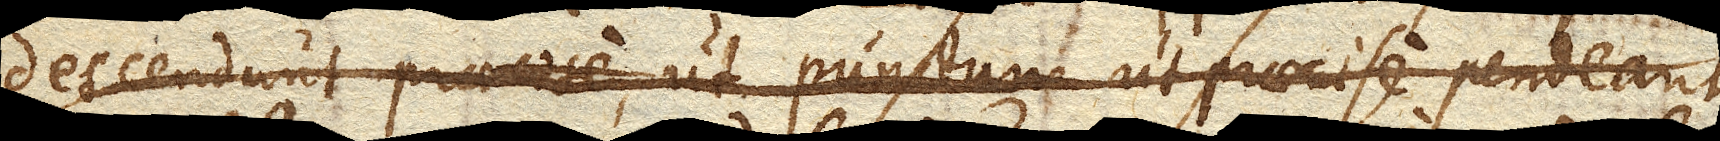
descendunt, ut punctum praecise pendeant